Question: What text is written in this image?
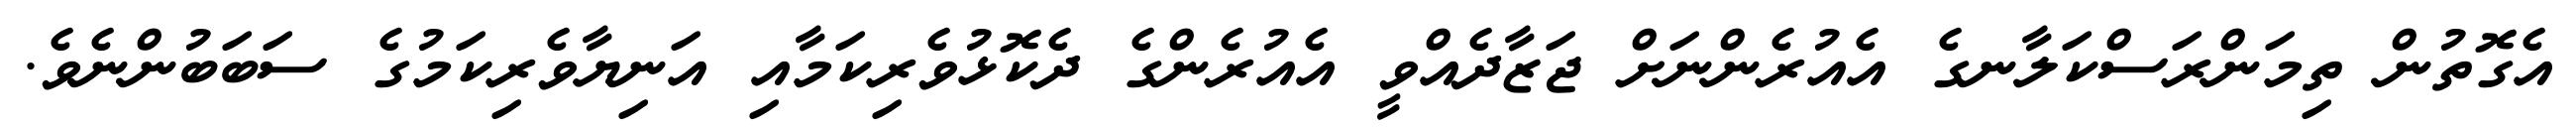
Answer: އެގޮތުން ތިމަންރަސްކަލާނގެ އެއުރެންނަށް ޖަޒާދެއްވީ އެއުރެންގެ ދެކޮޅުވެރިކަމާއި އަނިޔާވެރިކަމުގެ ސަބަބުންނެވެ.